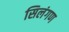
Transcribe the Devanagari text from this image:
सिलंगण